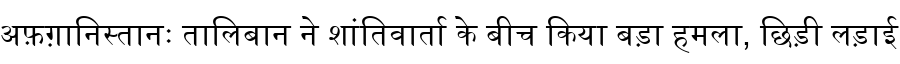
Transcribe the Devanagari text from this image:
अफ़ग़ानिस्तानः तालिबान ने शांतिवार्ता के बीच किया बड़ा हमला, छिड़ी लड़ाई